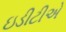
ઇડીટીએ